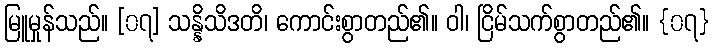
မြူမှုန်သည်။ [၀၇] သန္နိသိဒတိ၊ ကောင်းစွာတည်၏။ ဝါ၊ ငြိမ်သက်စွာတည်၏။ {၀၇}